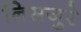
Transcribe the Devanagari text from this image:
निसजुरे